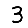
Digit: 3